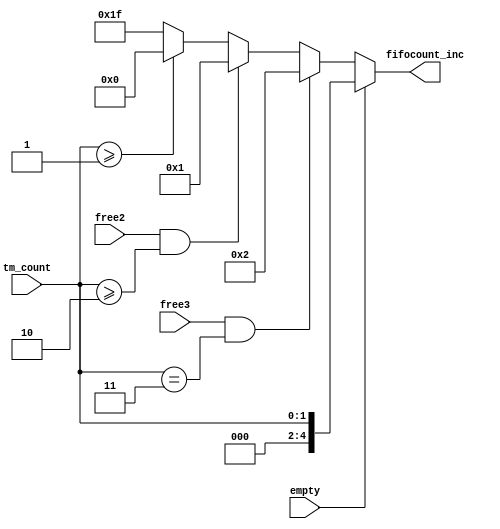
module ddr3_s4_uniphy_p0_qsys_sequencer_cpu_inst_nios2_oci_fifocount_inc (
                                                                            empty,
                                                                            free2,
                                                                            free3,
                                                                            tm_count,
                                                                            fifocount_inc
                                                                         )
;
  output  [  4: 0] fifocount_inc;
  input            empty;
  input            free2;
  input            free3;
  input   [  1: 0] tm_count;
  reg     [  4: 0] fifocount_inc;
  always @(empty or free2 or free3 or tm_count)
    begin
      if (empty)
          fifocount_inc = tm_count[1 : 0];
      else if (free3 & (tm_count == 3))
          fifocount_inc = 2;
      else if (free2 & (tm_count >= 2))
          fifocount_inc = 1;
      else if (tm_count >= 1)
          fifocount_inc = 0;
      else 
        fifocount_inc = {5{1'b1}};
    end
endmodule